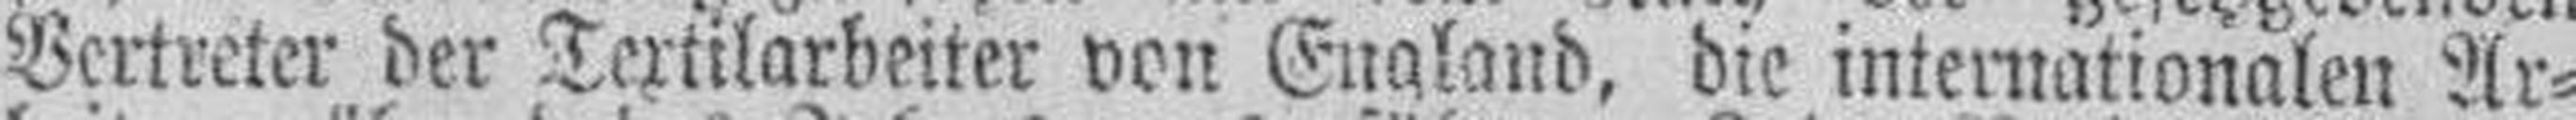
Vertreter der Textilarbeiter von England, die internationalen Ar¬